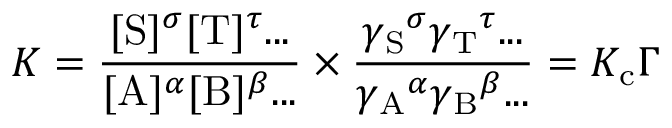
K = { \frac { [ \mathrm { S } ] ^ { \sigma } [ \mathrm { T } ] ^ { \tau } . . . } { [ \mathrm { A } ] ^ { \alpha } [ \mathrm { B } ] ^ { \beta } . . . } } \times { \frac { { \gamma _ { \mathrm { S } } } ^ { \sigma } { \gamma _ { \mathrm { T } } } ^ { \tau } . . . } { { \gamma _ { \mathrm { A } } } ^ { \alpha } { \gamma _ { \mathrm { B } } } ^ { \beta } . . . } } = K _ { \mathrm { c } } \Gamma